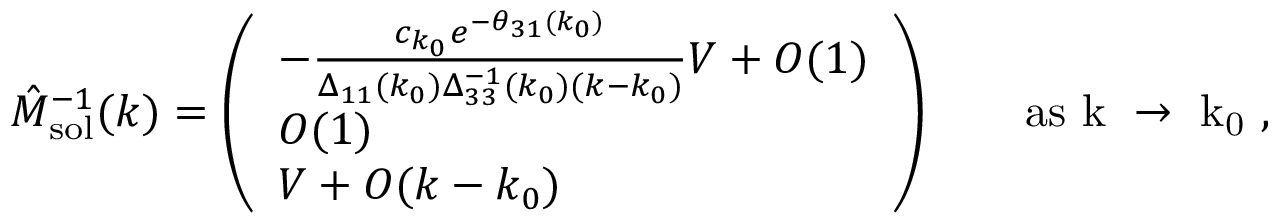
\hat { M } _ { \mathrm { s o l } } ^ { - 1 } ( k ) = \left( \begin{array} { l } { - \frac { c _ { k _ { 0 } } e ^ { - \theta _ { 3 1 } ( k _ { 0 } ) } } { \Delta _ { 1 1 } ( k _ { 0 } ) \Delta _ { 3 3 } ^ { - 1 } ( k _ { 0 } ) ( k - k _ { 0 } ) } V + O ( 1 ) } \\ { O ( 1 ) } \\ { V + O ( k - k _ { 0 } ) } \end{array} \right) \qquad \mathrm { a s ~ k ~ \to ~ k _ 0 ~ } ,